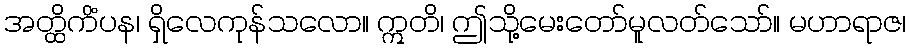
အတ္ထိကိံပန၊ ရှိလေကုန်သလော။ ဣတိ၊ ဤသို့မေးတော်မူလတ်သော်။ မဟာရာဇ၊